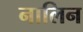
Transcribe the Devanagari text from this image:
नालिन